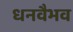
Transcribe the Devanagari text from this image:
धनवैभव